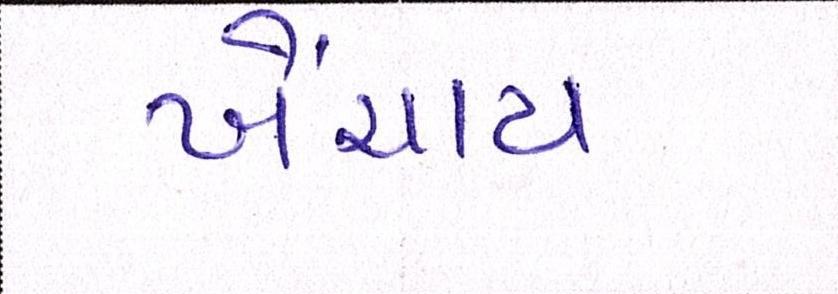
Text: ખેંચાય